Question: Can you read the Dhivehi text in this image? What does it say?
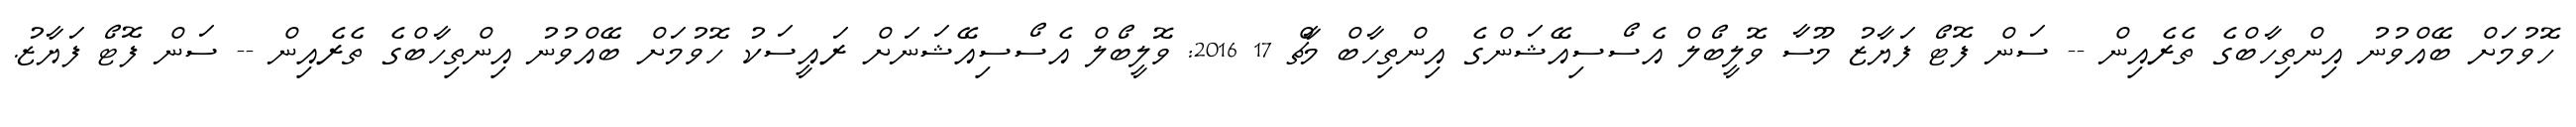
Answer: ހޮވުމަށް ބޭއްވުނު އިންތިހާބްގެ ތެރެއިން -- ސަން ފޮޓޯ ފަޔާޒު މޫސާ ވޮލީބޯލް އެސޯސިއޭޝަންގެ އިންތިހާބް މާޗް 17 2016: ވޮލީބޯލް އެސޯސިއޭޝަނަށް ރައީސަކު ހޮވުމަށް ބޭއްވުނު އިންތިހާބްގެ ތެރެއިން -- ސަން ފޮޓޯ ފަޔާޒު.